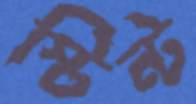
স্টিন্ট